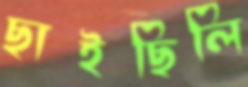
ছাইছিলি